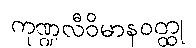
ကုဏ္ဍလီဝိမာနဝတ္ထု